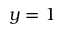
y = 1